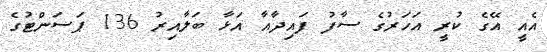
އެއީ އޭގެ ކުރީ އަހަރުގެ ސާފު ފައިދާއާ އަޅާ ބަލާއިރު 136 ޕަސަންޓުގެ